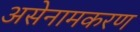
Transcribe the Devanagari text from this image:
असेनामकरण